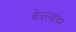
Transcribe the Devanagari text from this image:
वेधल्यावर